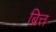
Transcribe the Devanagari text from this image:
बित्त